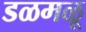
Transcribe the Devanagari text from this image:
डळमळू